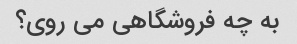
به چه فروشگاهی می روی؟